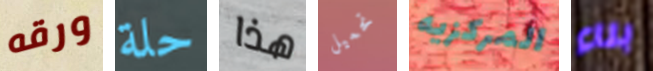
ورقه حلة هذا تحميل المركزيه بناء